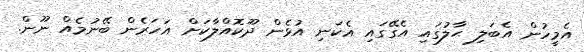
އެމީހުން އެބަލި ޙާލުގައި އެގޭގައި އެކަނި އުޅެން ދޫކޮއްލާކަށް އަހަރެން ބޭނުމެއް ނޫން.